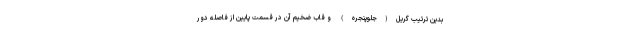
بدین ترتیب گریل(جلوپنجره) و قاب ضخیم آن در قسمت پایین از فاصله دور